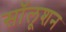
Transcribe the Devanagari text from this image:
सॉलूशन